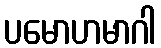
ပမောဟမာဂါ